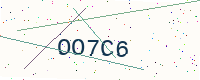
Text: OO7C6